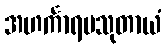
အဟင်္ကာရပသုတာယံ